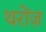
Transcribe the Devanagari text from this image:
थरोंज़